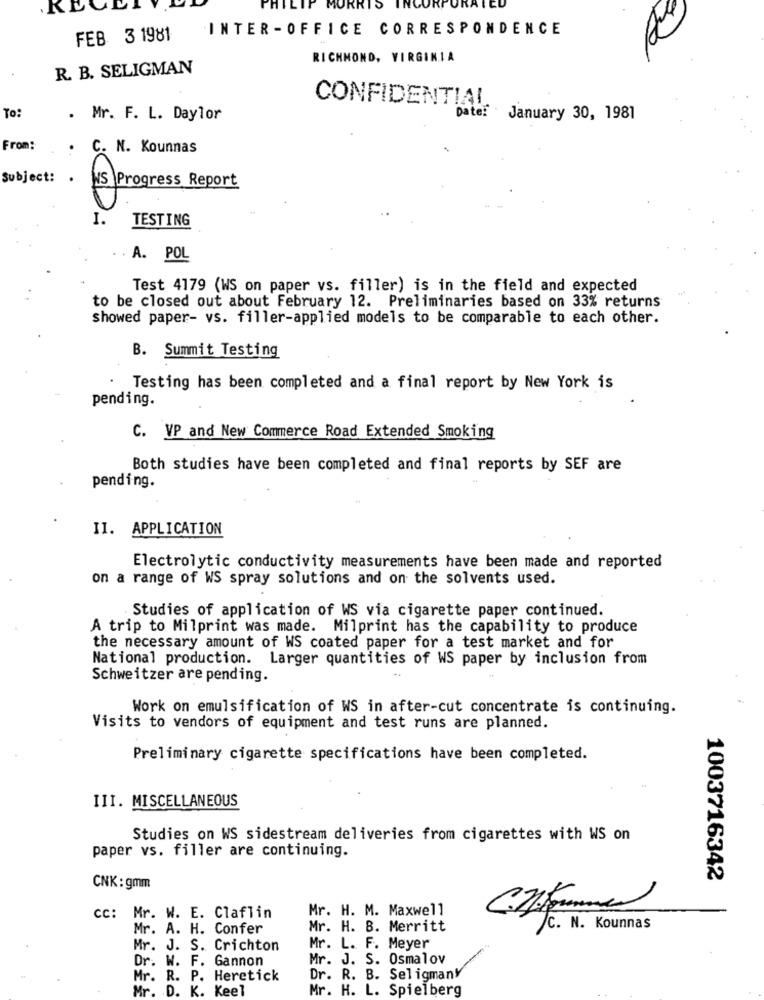
.KI
PHILIP MORRIS
INTER -OFFICE CORRESPONDENCE
FEB 3 1981
RICHMOND, VIRGINIA
R. B. SELIGMAN
CONFIDENTIAL
To:
.
Mr. F. L. Daylor
Date: January 30, 1981
From:
C. N. Kounnas
Subject:
Progress Report
I.
TESTING
A. POL
Test 4179 (WS on paper vs. filler) is in the field and expected
to be closed out about February 12. Preliminaries based on 33% returns
showed paper- vs. filler-applied models to be comparable to each other.
B. Summit Testing
Testing has been completed and a final report by New York is
pending.
C. VP and New Commerce Road Extended Smoking
Both studies have been completed and final reports by SEF are
pending.
II. APPLICATION
Electrolytic conductivity measurements have been made and reported
on a range of WS spray solutions and on the solvents used.
Studies of application of WS via cigarette paper continued.
A trip to Milprint was made. Milprint has the capability to produce
the necessary amount of WS coated paper for a test market and for
National production. Larger quantities of WS paper by inclusion from
Schweitzer are pending.
Work on emulsification of WS in after-cut concentrate is continuing.
Visits to vendors of equipment and test runs are planned.
Preliminary cigarette specifications have been completed.
III. MISCELLANEOUS
Studies on WS sidestream deliveries from cigarettes with WS on
paper vs. filler are continuing.
1003716342
CNK: gmm
Mr. H. M. Maxwell
cc: Mr. W. E. Claflin
Mr. A. H. Confer
Mr. H. B. Merritt
/c. N. Kounnas
Mr. J. S. Crichton
Mr. L. F. Meyer
Dr. W. F. Gannon
Mr. J. S. Osmalov
Mr. R. P. Heretick
Dr. R. B. Seligmany
Mr. D. K.
Keel
Mr. H. L. Spielberg